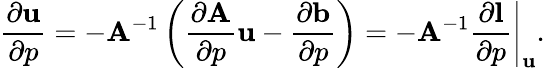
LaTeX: \frac{\partial\mathbf{u}}{\partial p}=-\mathbf{A}^{-1}\left(\frac{\partial\mathbf{A}}{\partial p}\mathbf{u}-\frac{\partial\mathbf{b}}{\partial p}\right)=-\mathbf{A}^{-1}\left.\frac{\partial\mathbf{l}}{\partial p}\right|_{\mathbf{u}}.